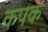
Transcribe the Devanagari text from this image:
कपक